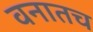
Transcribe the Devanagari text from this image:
वनातच